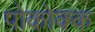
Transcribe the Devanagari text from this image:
पोकोक्क